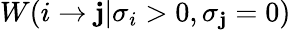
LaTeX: W(i\to\mathbf{j}|\sigma_{i}>0,\sigma_{\mathbf{j}}=0)